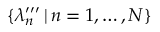
\{ \lambda _ { n } ^ { \prime \prime \prime } \, | \, n = 1 , \ldots , N \}